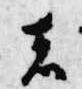
者